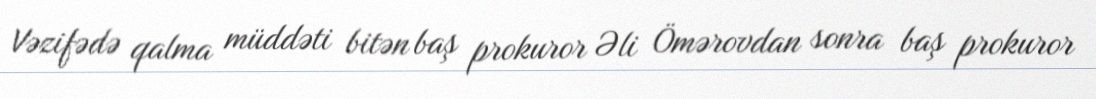
Vəzifədə qalma müddəti bitən baş prokuror Əli Ömərovdan sonra baş prokuror